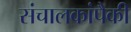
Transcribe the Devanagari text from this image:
संचालकांपैकी